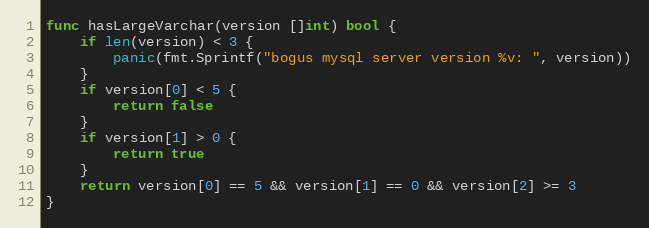
Language: Go
func hasLargeVarchar(version []int) bool {
	if len(version) < 3 {
		panic(fmt.Sprintf("bogus mysql server version %v: ", version))
	}
	if version[0] < 5 {
		return false
	}
	if version[1] > 0 {
		return true
	}
	return version[0] == 5 && version[1] == 0 && version[2] >= 3
}